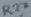
Text: R27